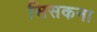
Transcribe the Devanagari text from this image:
सिसकना